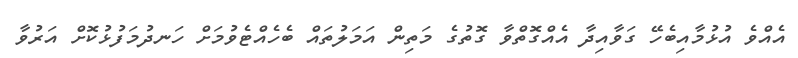
އެއްވެ އުޅުމާއިބެހޭ ގަވާއިދާ އެއްގޮތްވާ ގޮތުގެ މަތިން އަމަލުތައް ބެހެއްޓެވުމަށް ހަނދުމަފުޅުކޮށް އަރުވާ